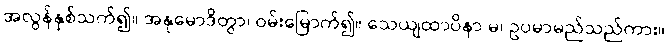
အလွန်နှစ်သက်၍။ အနုမောဒိတွာ၊ ဝမ်းမြောက်၍။ သေယျထာပိနာ မ၊ ဥပမာမည်သည်ကား။